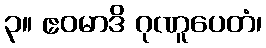
၃။ ဧဝမာဒိ ဂုဏူပေတံ၊